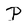
Character: P